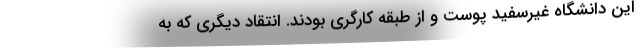
این دانشگاه غیرسفید پوست و از طبقه کارگری بودند. انتقاد دیگری که به